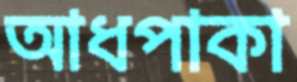
আধপাকা